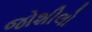
જોશીલો